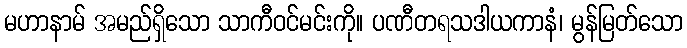
မဟာနာမ် အမည်ရှိသော သာကီဝင်မင်းကို။ ပဏီတရသဒါယကာနံ၊ မွန်မြတ်သော